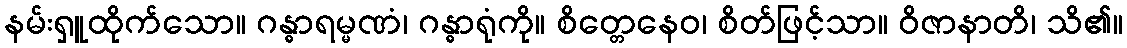
နမ်းရှူထိုက်သော။ ဂန္ဓာရမ္မဏံ၊ ဂန္ဓာရုံကို။ စိတ္တေနေဝ၊ စိတ်ဖြင့်သာ။ ဝိဇာနာတိ၊ သိ၏။